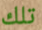
تلك